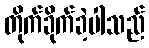
တိုက်ခိုက်ခဲ့ပါသည်